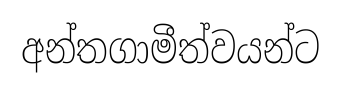
අන්තගාමීත්වයන්ට